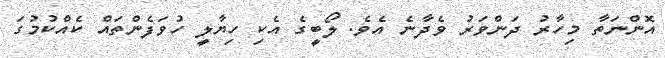
އޮންނަތާ މިހާރު ދަންވަރު ވެދާނެ އެވެ. ލޯބީގެ އެކި ހިޔާލީ ހުވަފެންތައް ކެއްކުމުގަ